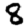
Digit: 8